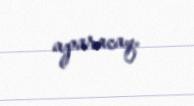
aparacaq.